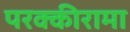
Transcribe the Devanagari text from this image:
परक्कीरामा